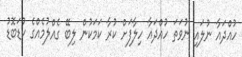
ހުއްދައާ ނުލައި ނުވަތަ ހުއްދައާ ހިލާފަށް ކުރާ ކަމަކުން ލިބޭ ގެއްލުމެއްގެ ކުޑަބޮޑު